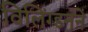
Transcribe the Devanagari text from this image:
विलिंग्डनने